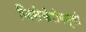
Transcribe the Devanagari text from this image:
जिसेकेरोमन्सी